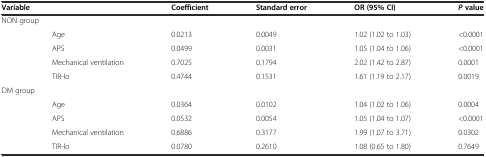
<table><thead><tr><td colspan="2"><b>Variable</b></td><td><b>Coefficient</b></td><td><b>Standard error</b></td><td><b>OR (95% CI)</b></td><td><b><i>P</i>value</b></td></tr></thead><tbody><tr><td colspan="2">NON group</td><td></td><td></td><td></td><td></td></tr><tr><td></td><td>Age</td><td>0.0213</td><td>0.0049</td><td>1.02 (1.02 to 1.03)</td><td>&lt;0.0001</td></tr><tr><td></td><td>APS</td><td>0.0499</td><td>0.0031</td><td>1.05 (1.04 to 1.06)</td><td>&lt;0.0001</td></tr><tr><td></td><td>Mechanical ventilation</td><td>0.7025</td><td>0.1794</td><td>2.02 (1.42 to 2.87)</td><td>0.0001</td></tr><tr><td></td><td>TIR-lo</td><td>0.4744</td><td>0.1531</td><td>1.61 (1.19 to 2.17)</td><td>0.0019</td></tr><tr><td colspan="2">DM group</td><td></td><td></td><td></td><td></td></tr><tr><td></td><td>Age</td><td>0.0364</td><td>0.0102</td><td>1.04 (1.02 to 1.06)</td><td>0.0004</td></tr><tr><td></td><td>APS</td><td>0.0532</td><td>0.0054</td><td>1.05 (1.04 to 1.07)</td><td>&lt;0.0001</td></tr><tr><td></td><td>Mechanical ventilation</td><td>0.6886</td><td>0.3177</td><td>1.99 (1.07 to 3.71)</td><td>0.0302</td></tr><tr><td></td><td>TIR-lo</td><td>0.0780</td><td>0.2610</td><td>1.08 (0.65 to 1.80)</td><td>0.7649</td></tr></tbody></table>